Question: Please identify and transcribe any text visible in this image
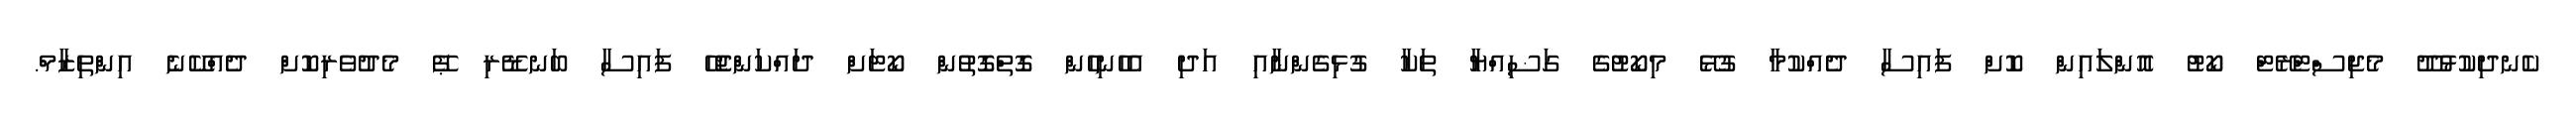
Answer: ކެނދިކުޅުދޫ މެޖިސްޓްރޭޓް ކޯޓު އޮންލައިން ކޮށް ފައިސާ ދެއްކުމާ ގުޅޭ މިކޯޓުގެ ގަޟިއްޔާ ތަކާ ގުޅިގެންނާއި އަދި އެހެނިހެން ގޮތްގޮތުން ކޯޓަށް ދައްކަންޖެހޭ ފައިސާ ބަނޑޭރި ޕޭ މެދުވެރިކޮށް ދެއްކޭނެ އިންތިޒާމް.